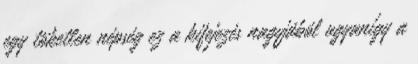
egy töketlen népség ez a kifejezés nagyjából ugyanígy a